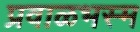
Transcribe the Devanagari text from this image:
प्रवाळभस्म